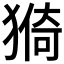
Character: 𱮕